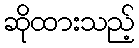
ဆိုထားသည့်